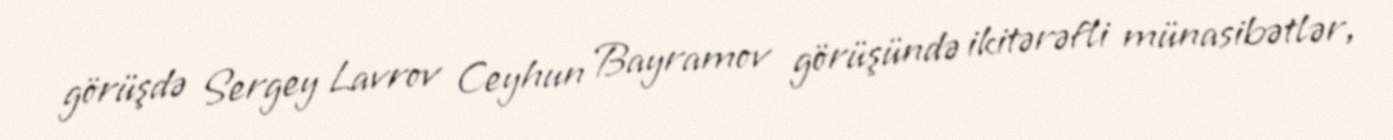
görüşdə Sergey Lavrov Ceyhun Bayramov görüşündə ikitərəfli münasibətlər,